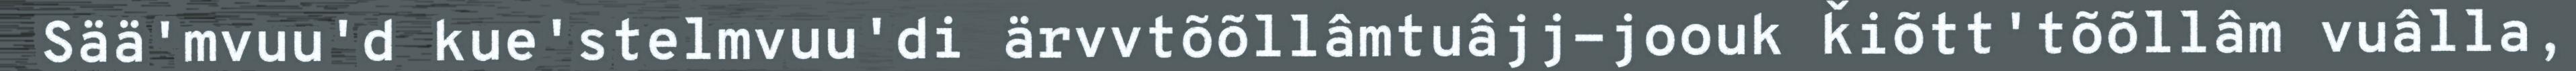
Sää'mvuu'd kue'stelmvuu'di ärvvtõõllâmtuâjj-joouk ǩiõtt'tõõllâm vuâlla,